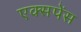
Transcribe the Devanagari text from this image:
एक्सपेंस